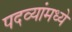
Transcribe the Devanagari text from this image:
पदव्यांमध्ये